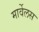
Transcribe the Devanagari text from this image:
मार्वेलस